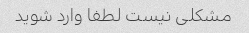
مشکلی نیست لطفا وارد شوید